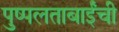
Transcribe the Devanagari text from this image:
पुष्पलताबाईंची